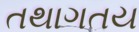
તથાગતય